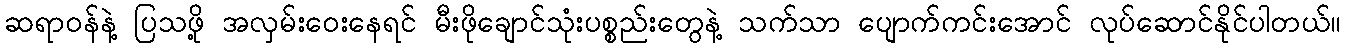
ဆရာဝန်နဲ့ ပြသဖို့ အလှမ်းဝေးနေရင် မီးဖိုချောင်သုံးပစ္စည်းတွေနဲ့ သက်သာ ပျောက်ကင်းအောင် လုပ်ဆောင်နိုင်ပါတယ်။